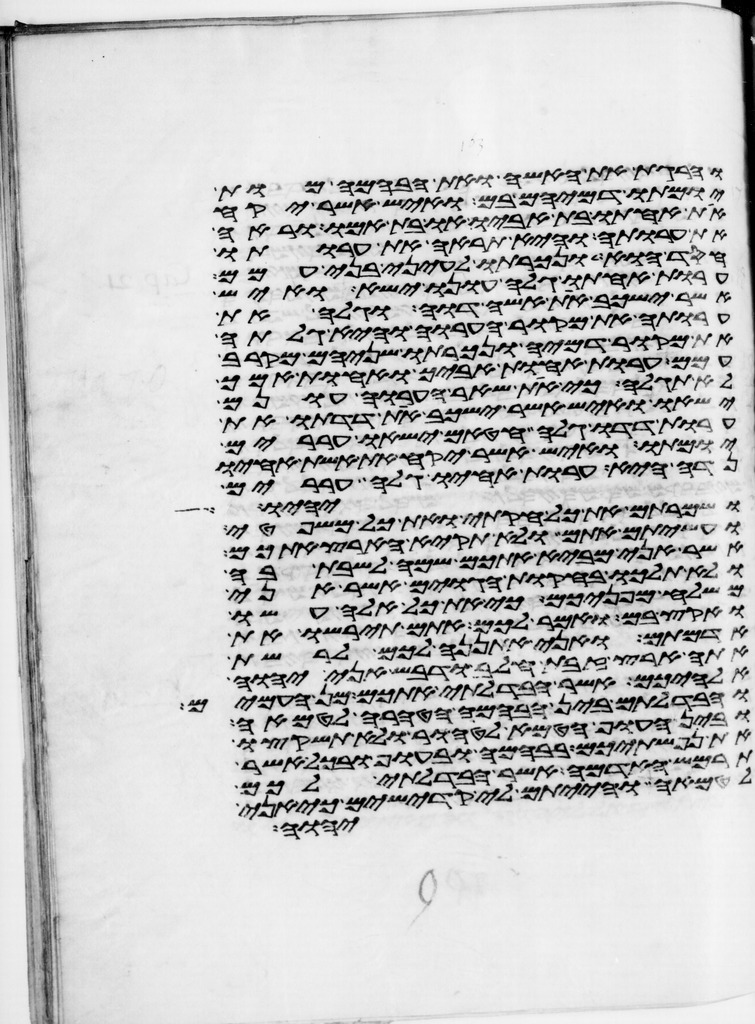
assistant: והרגת את האשה ואת הבהמה מות
יומתו דמיהם בם ואיש אשר יקח
את אחותו בת אביו או בת אמו וראה
את ערותה והיא תראה את ערותו
חסד הוא ונכרתו לעיני בני עמם
ערות אחותו גלה עונו ישא ואיש
אשר ישכב את אשה דוה וגלה את
ערותה את מקור הערוה והיא גלתה
את מקור דמיה ונכרתו שניהם מקרב
עמם ערות אחות אביך ואחות אמך
לא תגלה כי את שאר הערוה עונם
ישאו ואיש אשר ישכב את דדתו את
ערות דדו גלה חטאם ישאו עררים
יומתו ואיש אשר יקח את אשת אחיו
נדה היא ערות אחיו גלה עררים
ושמרתם את כל חקותי ואת כל משפטי
יהיו
ועשיתם אתם ולא תקיא הארץ אתכם
אשר אני מביא אתכם שמה לשבת בה
ולא תלכו בחקות הגוים אשר אני
משלח מפניכם כי את כל אלה עשו
ואקץ בם ואמר לכם אתם תירשו את
אדמתם ואני אתננה לכם לרשת
אתה ארץ זבת חלב ודבש אני יהוה
אלהיכם אשר הבדלתי אתכם מן העמים
והבדלתם בין הבהמה הטהרה לטמאה
ובין העוף הטמא לטהור ולא תשקצו
את נפשתיכם בבהמה ובעוף ובכל אשר
תרמש האדמה אשר הבדלתי לכם
לטמאה והייתם לי קדישים כי אני
יהוה